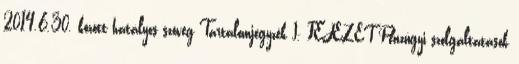
2014.6.30. között hatályos szöveg Tartalomjegyzék I. FEJEZET Pénzügyi szolgáltatások